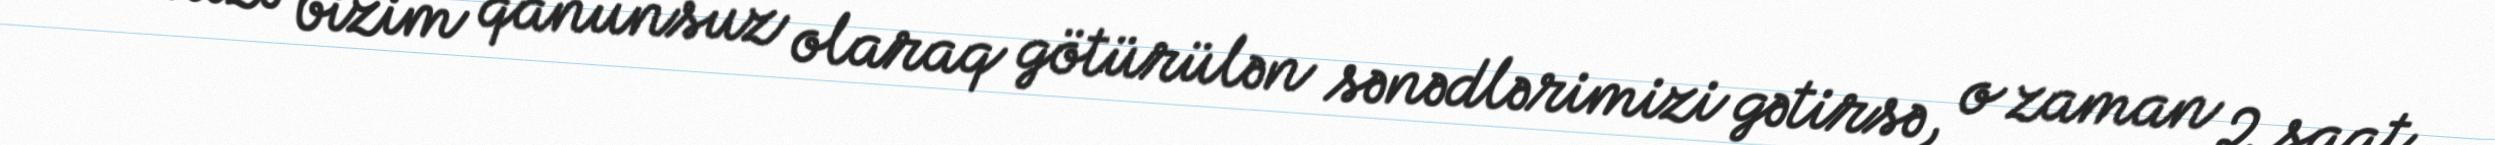
evimizə bizim qanunsuz olaraq götürülən sənədlərimizi gətirsə, o zaman 2 saat